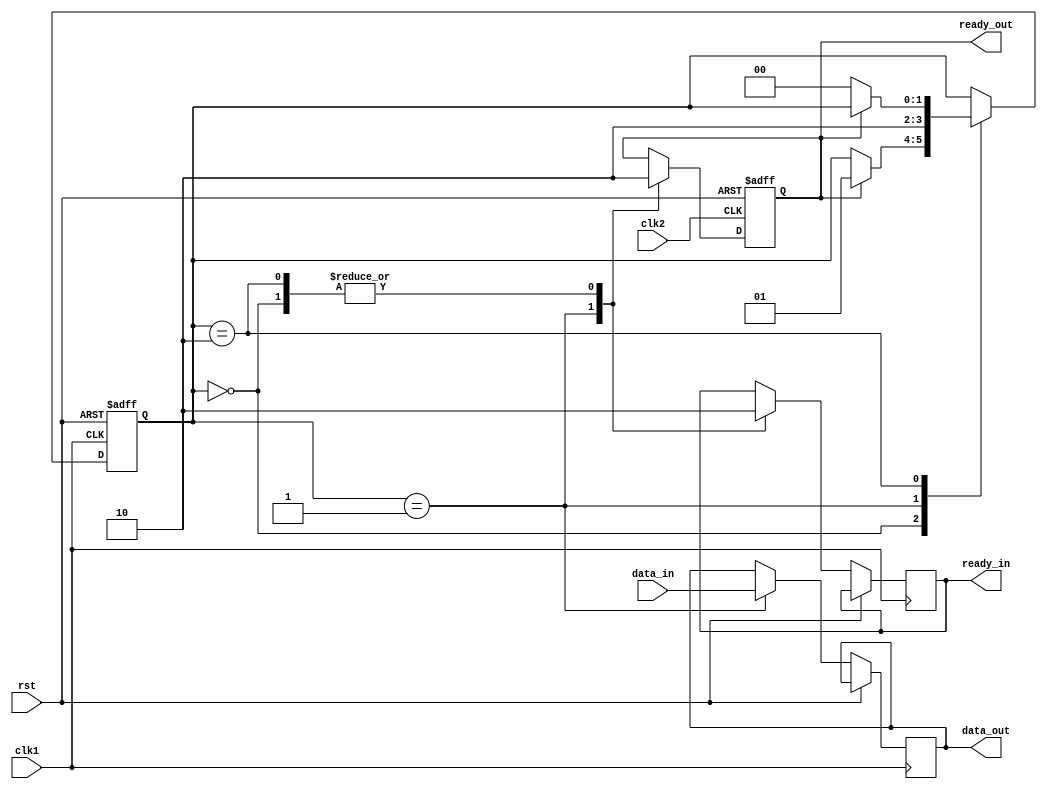
module Synchronizer (
    input clk1, // Clock signal for first clock domain
    input clk2, // Clock signal for second clock domain
    input rst, // Reset signal
    input data_in, // Incoming data signal
    output reg data_out, // Synchronized data signal
    output reg ready_in, // Handshake signal from clk1 domain
    output reg ready_out // Handshake signal from clk2 domain
);

reg [1:0] state; // State variable for handshaking logic

always @(posedge clk1 or posedge rst)
begin
    if (rst)
        state <= 2'b00; // Reset state
    else
        case (state)
            2'b00: // Idle state
            begin
                ready_in <= 0;
                if (ready_out)
                    state <= 2'b01;
            end
            2'b01: // Data transfer state
            begin
                ready_in <= 1;
                data_out <= data_in;
                state <= 2'b10;
            end
            2'b10: // Acknowledge state
            begin
                ready_in <= 0;
                if (!ready_out)
                    state <= 2'b00;
            end
        endcase
end

always @(posedge clk2 or posedge rst)
begin
    if (rst)
        ready_out <= 0;
    else
        case (state)
            2'b00: // Idle state
            begin
                ready_out <= 0;
            end
            2'b01: // Data transfer state
            begin
                ready_out <= 1;
            end
            2'b10: // Acknowledge state
            begin
                ready_out <= 0;
            end
        endcase
end

endmodule